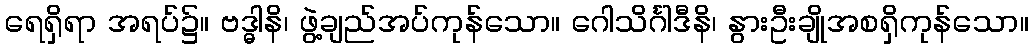
ရေရှိရာ အရပ်၌။ ဗဒ္ဓါနိ၊ ဖွဲ့ချည်အပ်ကုန်သော။ ဂေါသိင်္ဂါဒီနိ၊ နွားဦးချိုအစရှိကုန်သော။